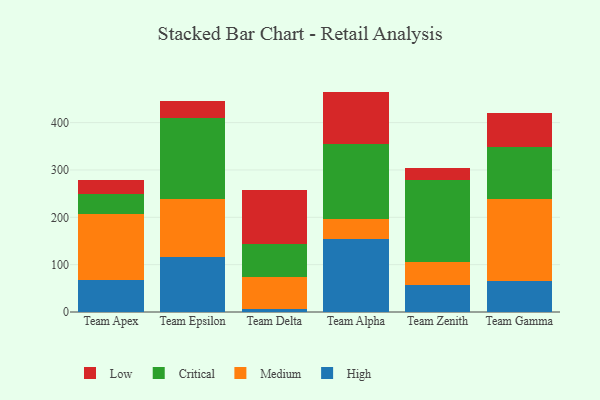
{"axis": {"x": "Team", "y": "Inventory Turnover"}, "legend": ["Critical", "High", "Low", "Medium"], "data": [{"x": "Team Apex", "y": 68.2, "type": "High"}, {"x": "Team Apex", "y": 139.0, "type": "Medium"}, {"x": "Team Apex", "y": 41.4, "type": "Critical"}, {"x": "Team Apex", "y": 29.3, "type": "Low"}, {"x": "Team Epsilon", "y": 116.5, "type": "High"}, {"x": "Team Epsilon", "y": 123.2, "type": "Medium"}, {"x": "Team Epsilon", "y": 169.6, "type": "Critical"}, {"x": "Team Epsilon", "y": 37.3, "type": "Low"}, {"x": "Team Delta", "y": 6.2, "type": "High"}, {"x": "Team Delta", "y": 68.1, "type": "Medium"}, {"x": "Team Delta", "y": 69.5, "type": "Critical"}, {"x": "Team Delta", "y": 113.7, "type": "Low"}, {"x": "Team Alpha", "y": 154.8, "type": "High"}, {"x": "Team Alpha", "y": 42.2, "type": "Medium"}, {"x": "Team Alpha", "y": 158.1, "type": "Critical"}, {"x": "Team Alpha", "y": 110.4, "type": "Low"}, {"x": "Team Zenith", "y": 56.8, "type": "High"}, {"x": "Team Zenith", "y": 48.0, "type": "Medium"}, {"x": "Team Zenith", "y": 174.0, "type": "Critical"}, {"x": "Team Zenith", "y": 26.0, "type": "Low"}, {"x": "Team Gamma", "y": 66.2, "type": "High"}, {"x": "Team Gamma", "y": 172.5, "type": "Medium"}, {"x": "Team Gamma", "y": 109.9, "type": "Critical"}, {"x": "Team Gamma", "y": 71.9, "type": "Low"}]}